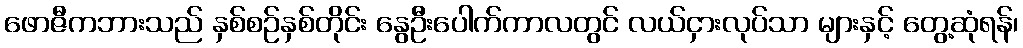
ဖောဇီကဘားသည် နှစ်စဉ်နှစ်တိုင်း နွေဦးပေါက်ကာလတွင် လယ်ငှားလုပ်သာ များနှင့် တွေ့ဆုံရန်၊